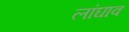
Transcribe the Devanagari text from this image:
लांघाव